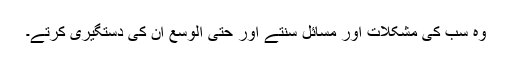
وہ سب کی مشکلات اور مسائل سنتے اور حتی الوسع ان کی دستگیری کرتے۔